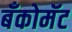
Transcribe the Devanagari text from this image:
बँकोमॅट